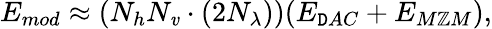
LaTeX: E_{mod}\approx(N_{h}N_{\mathit{v}}\cdot(2N_{\lambda}))(E_{\mathtt{D}AC}+E_{M\mathbb{Z}M}),